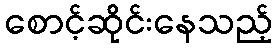
စောင့်ဆိုင်းနေသည့်